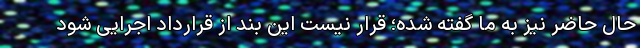
حال حاضر نیز به ما گفته شده؛ قرار نیست این بند از قرارداد اجرایی شود